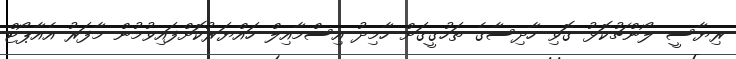
ރިޔާސީ ލޯންޗުކޮޅު ގޮވި ހާދިސާގެ ތަހުގީގަށް ހާމިދު އިސްމާއިލް ހައްޔަރުކޮށްފައިވުމުން މާފަރު އެއާޕޯޓް